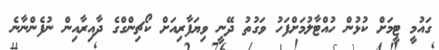
ގައުމީ ޓީމަށް ކުޅުން ހުއްޓާލުމަށްފަހު ވަގުތު ދޭނީ ވިޔަފާރިއަށް ކޯޗިންގްގެ ދާއިރާއިން ނުފެންނާނެ